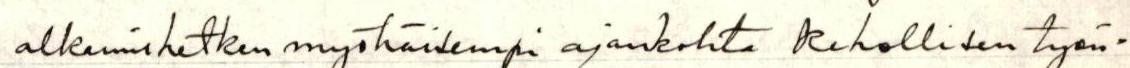
alkamishetken myöhäisempi ajankohta kehollisen työn-